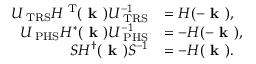
\begin{array} { r l } { U _ { \mathrm { \tiny ~ T R S } } H ^ { \mathrm { \tiny ~ T } } ( \textbf { k } ) U _ { \mathrm { \tiny ~ T R S } } ^ { - 1 } } & { = H ( - \textbf { k } ) , } \\ { U _ { \mathrm { \tiny ~ P H S } } H ^ { * } ( \textbf { k } ) U _ { \mathrm { \tiny ~ P H S } } ^ { - 1 } } & { = - H ( - \textbf { k } ) , } \\ { S H ^ { \dag } ( \textbf { k } ) S ^ { - 1 } } & { = - H ( \textbf { k } ) . } \end{array}